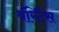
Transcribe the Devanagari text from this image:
वॅरिटैस